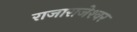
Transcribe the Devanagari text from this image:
राजाराजेश्‍वर